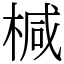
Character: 椷